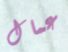
عمال